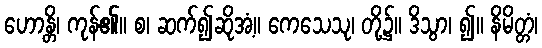
ဟောန္တိ၊ ကုန်၏။ စ၊ ဆက်၍ဆိုအံ့။ ကေသေသု၊ တို့၌။ ဒိသွာ၊ ၍။ နိမိတ္တံ၊